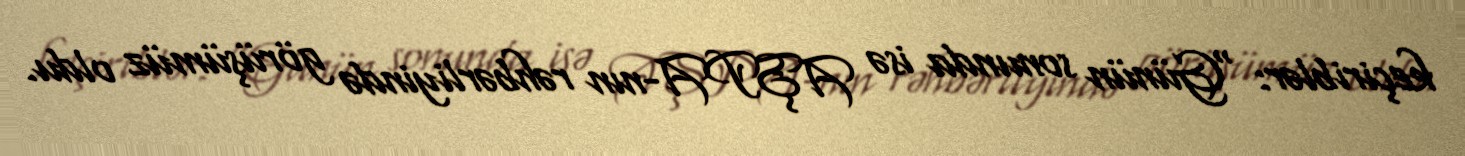
keçiriblər: “Günün sonunda isə AŞPA-nın rəhbərliyində görüşümüz oldu.